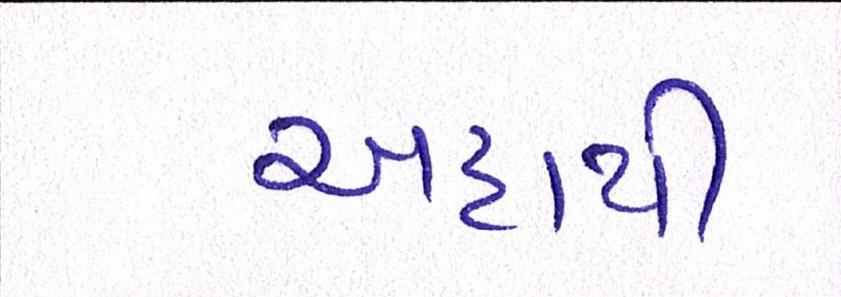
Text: અદાથી